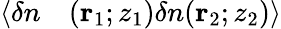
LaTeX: \begin{array}{rl}{\langle\delta n}&{{}(\mathbf{r}_{1};z_{1})\delta n(\mathbf{r}_{2};z_{2})\rangle}\end{array}